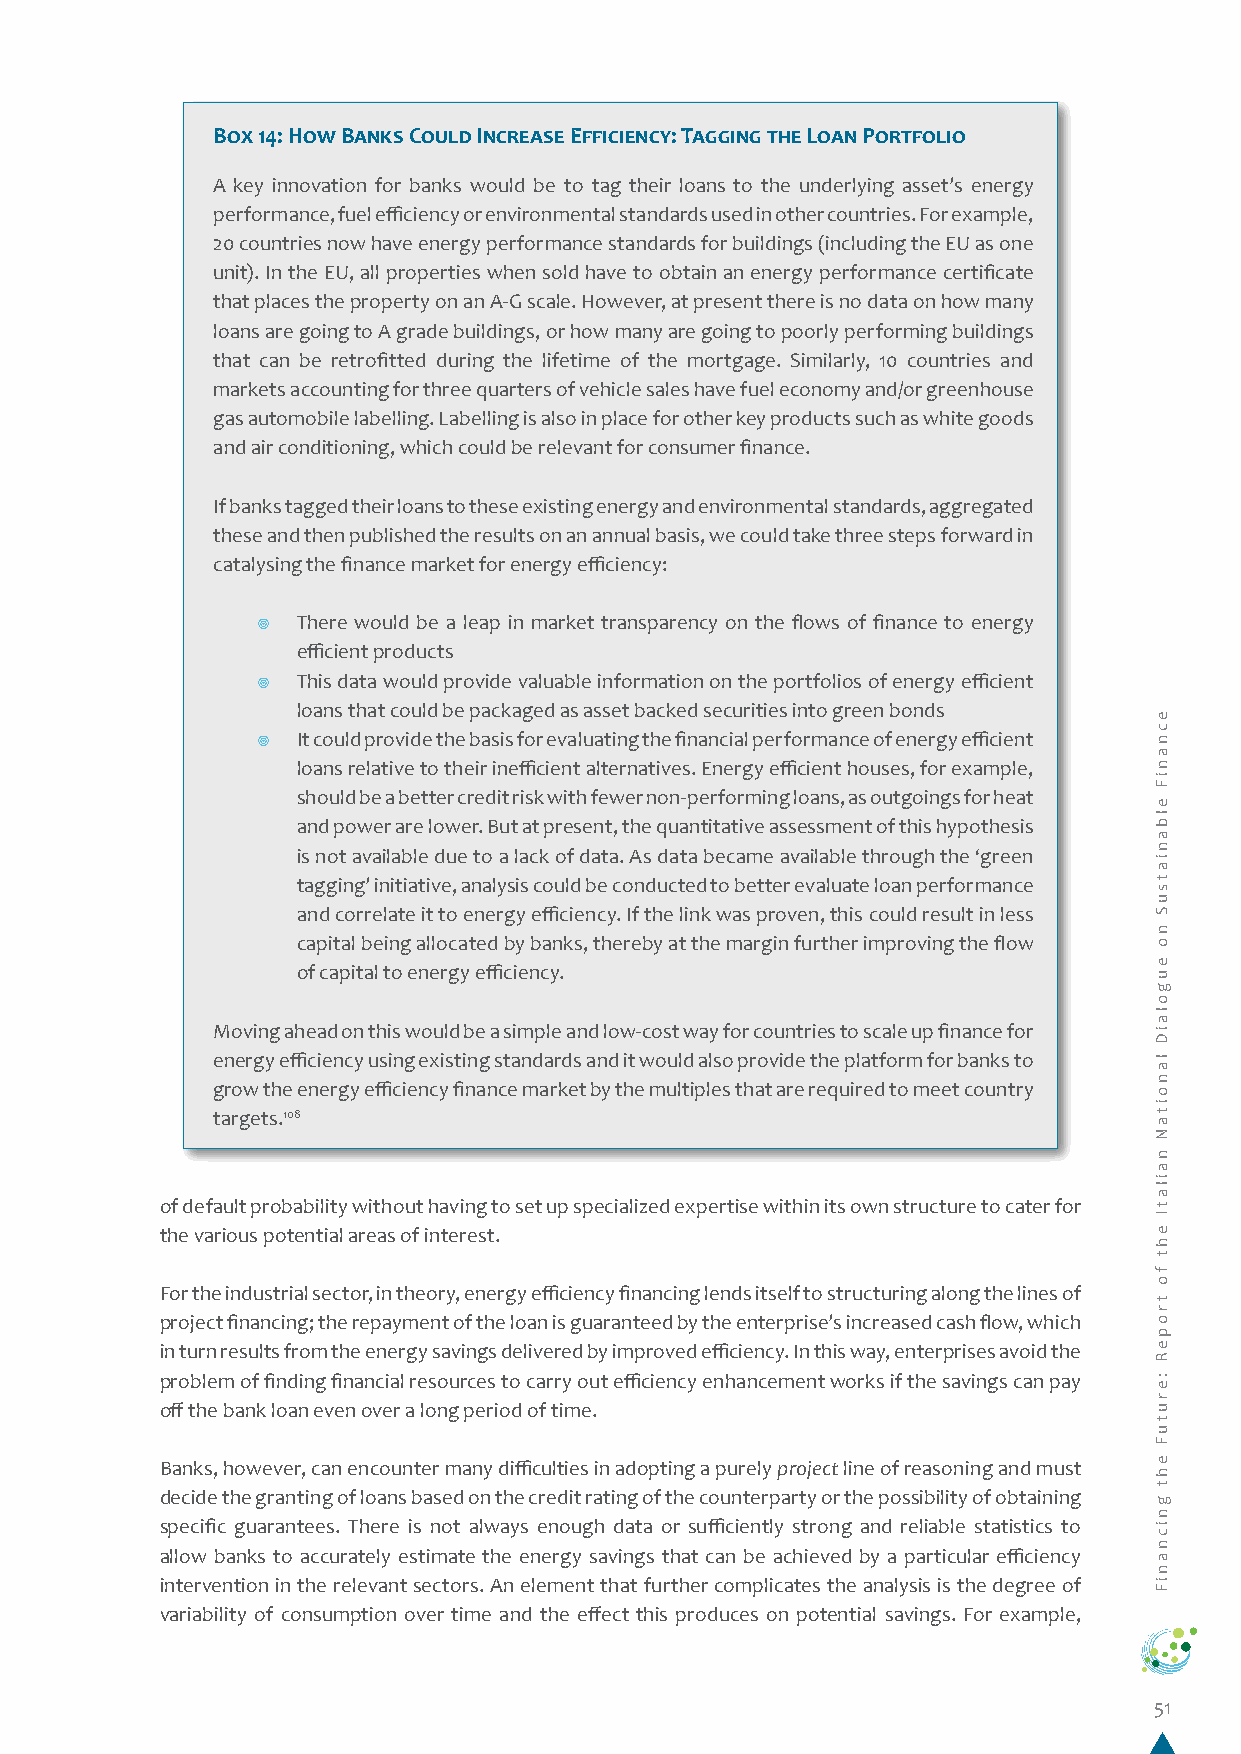
Box 14: How Banks Could Increase Efficiency: Tagging the Loan Portfolio
 A key innovation for banks would be to tag their loans to the underlying asset’s energy
 performance, fuel efficiency or environmental standards used in other countries. For example,
 20 countries now have energy performance standards for buildings (including the EU as one
 unit). In the EU, all properties when sold have to obtain an energy performance certificate
 that places the property on an A-G scale. However, at present there is no data on how many
 loans are going to A grade buildings, or how many are going to poorly performing buildings
 that can be retrofitted during the lifetime of the mortgage. Similarly, 10 countries and
 markets accounting for three quarters of vehicle sales have fuel economy and/or greenhouse
 gas automobile labelling. Labelling is also in place for other key products such as white goods
 and air conditioning, which could be relevant for consumer finance.
 If banks tagged their loans to these existing energy and environmental standards, aggregated
 these and then published the results on an annual basis, we could take three steps forward in
 catalysing the finance market for energy efficiency:
 ¥  There would be a leap in market transparency on the flows of finance to energy
 efficient products
 ¥  This data would provide valuable information on the portfolios of energy efficient
 loans that could be packaged as asset backed securities into green bonds
 ¥  It could provide the basis for evaluating the financial performance of energy efficient
 loans relative to their inefficient alternatives. Energy efficient houses, for example,
 should be a better credit risk with fewer non-performing loans, as outgoings for heat
 and power are lower. But at present, the quantitative assessment of this hypothesis
 is not available due to a lack of data. As data became available through the ‘green
 tagging’ initiative, analysis could be conducted to better evaluate loan performance
 and correlate it to energy efficiency. If the link was proven, this could result in less
 capital being allocated by banks, thereby at the margin further improving the flow
 of capital to energy efficiency.
 Moving ahead on this would be a simple and low-cost way for countries to scale up finance for
 energy efficiency using existing standards and it would also provide the platform for banks to
 grow the energy efficiency finance market by the multiples that are required to meet country
 targets.108
 of default probability without having to set up specialized expertise within its own structure to cater for
 the various potential areas of interest.
 For the industrial sector, in theory, energy efficiency financing lends itself to structuring along the lines of
 project financing; the repayment of the loan is guaranteed by the enterprise’s increased cash flow, which
 in turn results from the energy savings delivered by improved efficiency. In this way, enterprises avoid the
 problem of finding financial resources to carry out efficiency enhancement works if the savings can pay
 off the bank loan even over a long period of time.
 Banks, however, can encounter many difficulties in adopting a purely project line of reasoning and must
 decide the granting of loans based on the credit rating of the counterparty or the possibility of obtaining
 specific guarantees. There is not always enough data or sufficiently strong and reliable statistics to
 allow banks to accurately estimate the energy savings that can be achieved by a particular efficiency
 intervention in the relevant sectors. An element that further complicates the analysis is the degree of
 variability of consumption over time and the effect this produces on potential savings. For example,
 51
 ecnaniF
 elbaniatsuS
 no
 eugolaiD
 lanoitaN
 nailatI
 eht
 fo
 tropeR
 :erutuF
 eht
 gnicnaniF